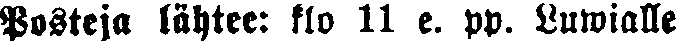
Posteja lähtee: klo 11 e. pp. Luwialle